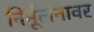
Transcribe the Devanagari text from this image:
निर्मूलनावर